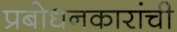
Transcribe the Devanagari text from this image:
प्रबोधनकारांची